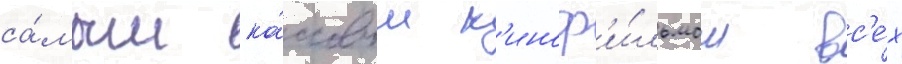
са́мым ка́ссовым к'иноф'и́льмом вс'е́х